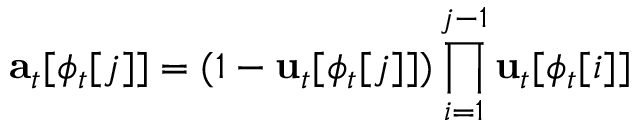
\mathbf { a } _ { t } [ \phi _ { t } [ j ] ] = ( 1 - \mathbf { u } _ { t } [ \phi _ { t } [ j ] ] ) \prod _ { i = 1 } ^ { j - 1 } \mathbf { u } _ { t } [ \phi _ { t } [ i ] ]